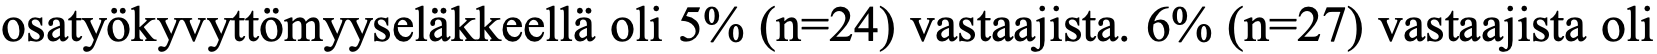
osatyökyvyttömyyseläkkeellä oli 5% (n=24) vastaajista. 6% (n=27) vastaajista oli